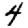
Digit: 4